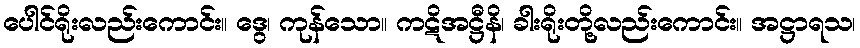
ပေါင်ရိုးလည်းကောင်း။ ဒွေ၊ ကုန်သော။ ကဋိအဋ္ဌီနိ၊ ခါးရိုးတို့လည်းကောင်း။ အဋ္ဌာရသ၊